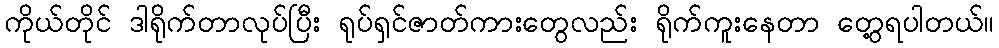
ကိုယ်တိုင် ဒါရိုက်တာလုပ်ပြီး ရုပ်ရှင်ဇာတ်ကားတွေလည်း ရိုက်ကူးနေတာ တွေ့ရပါတယ်။